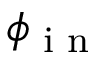
\phi _ { \textrm { i n } }